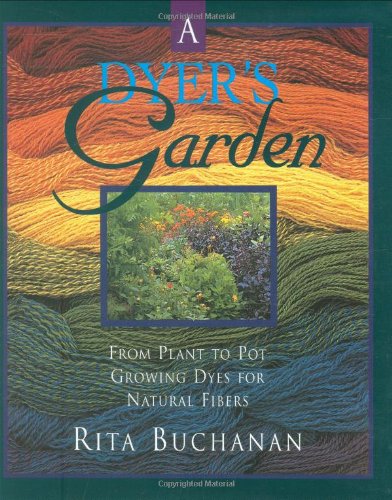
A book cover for A Dyer's Garden; Rita Buchanan; Crafts, Hobbies & Home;